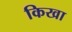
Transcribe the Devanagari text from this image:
किखा